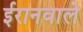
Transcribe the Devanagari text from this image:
ईरानवाले